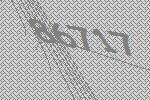
86717